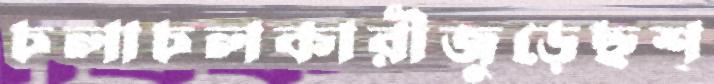
চলাচলকারীজুড়েছশ্